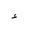
Letter: _hamza